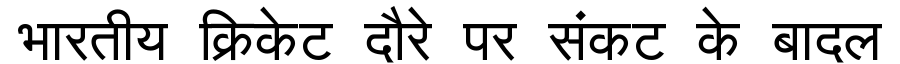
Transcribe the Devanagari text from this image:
भारतीय क्रिकेट दौरे पर संकट के बादल